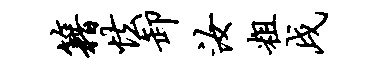
籍怯卸汝粗戌